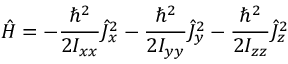
{ \hat { H } } = - { \frac { \hbar ^ { 2 } } { 2 I _ { x x } } } { \hat { J } } _ { x } ^ { 2 } - { \frac { \hbar ^ { 2 } } { 2 I _ { y y } } } { \hat { J } } _ { y } ^ { 2 } - { \frac { \hbar ^ { 2 } } { 2 I _ { z z } } } { \hat { J } } _ { z } ^ { 2 }